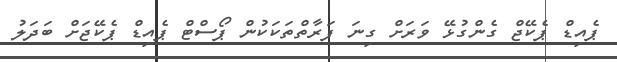
ޕެއިޑް ޕެކޭޖް ގެންގުޅޭ ވަރަށް ގިނަ ފަރާތްތަކަކުން ޕޯސްޓް ޕެއިޑް ޕެކޭޖަށް ބަދަލު